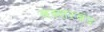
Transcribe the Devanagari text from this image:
बख्‍तरबंद